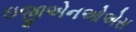
ઇજીએનઓએસ